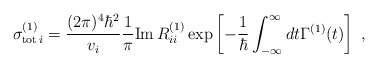
\begin{align*}\sigma^{(1)}_{{\rm tot}\,i} = \frac{(2\pi)^4 \hbar^2}{v_i} \frac{1}{\pi} {\rm Im}\, R^{(1)}_{ii} \exp\left[-\frac{1}{\hbar}\int_{-\infty}^\infty dt \Gamma^{(1)}(t) \right] \; ,\end{align*}